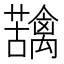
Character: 𮓄